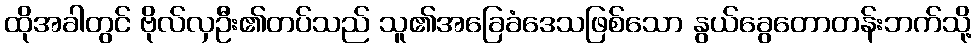
ထိုအခါတွင် ဗိုလ်လှဦး၏တပ်သည် သူ၏အခြေခံဒေသဖြစ်သော နွယ်ခွေတောတန်းဘက်သို့